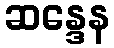
ဆန္ဒေန